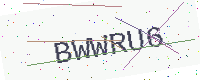
Text: BWWRU6